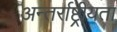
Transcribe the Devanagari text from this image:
अन्तर्राष्ट्रीयता